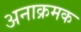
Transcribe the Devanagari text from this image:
अनाक्रमक